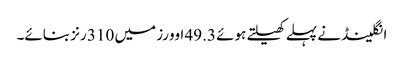
انگلینڈ نے پہلے کھیلتے ہوئے 49.3 اوورز میں 310 رنز بنائے۔